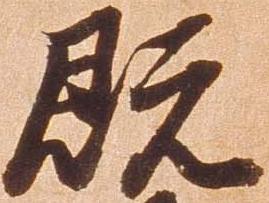
既